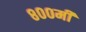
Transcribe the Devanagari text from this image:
८००मी